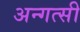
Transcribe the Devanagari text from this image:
अन्गत्सी